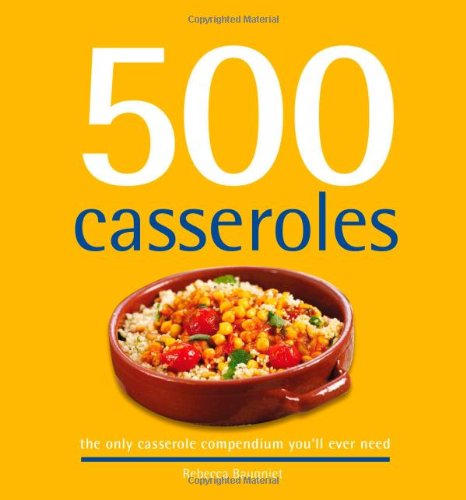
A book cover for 500 Casseroles: The Only Casserole Compendium You'll Ever Need (500 Cooking (Sellers)); Rebecca Baugniet; Cookbooks, Food & Wine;